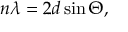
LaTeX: n \lambda = 2 d \sin \Theta ,